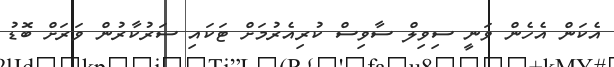
އެކަން އެހެން ވަނީ ސިވިލް ސާވިސް ކުރިއެރުމަށް ޓަކައި ސަރުކާރުން ވަރަށް ބޮޑު